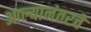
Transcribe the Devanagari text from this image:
आल्यानंतरचे